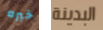
خبره البدينة